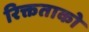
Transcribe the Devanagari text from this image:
रिक्तताको